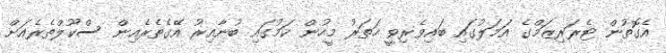
އެގޮތުން ޓެރަރިޒަމްގެ އަމަލުގައި ބައިވެރިވީ ހަތަރު މީހުން ކަމުގައި ބުނާއިރު އޭގެތެރެއިން ސްކޫލްތެރެއަށް